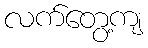
လက်တွေ့ကျ